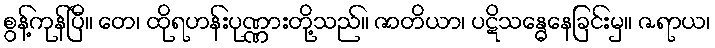
စွန့်ကုန်ပြီ။ တေ၊ ထိုရဟန်းပုဏ္ဏားတို့သည်။ ဇာတိယာ၊ ပဋိသန္ဓေနေခြင်းမှ။ ဇရာယ၊